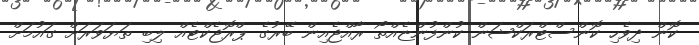
ކޮން ދިވެހި ކޮންސްޓްރަކްޝަން ކުންފުންޏެއްތޯ ރާއްޖެއިން ބޭރުގެ ޕްރޮޖެކްޓެއް ލިބި ތަޔަވަރަށް ގައުމަށް